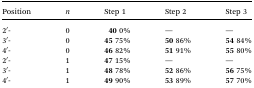
<table><thead><tr><td><b>Position</b></td><td><b><i>n</i></b></td><td><b>Step 1</b></td><td><b>Step 2</b></td><td><b>Step 3</b></td></tr></thead><tbody><tr><td>2′-</td><td>0</td><td><b>40</b> 0%</td><td>—</td><td>—</td></tr><tr><td>3′-</td><td>0</td><td><b>45</b> 75%</td><td><b>50</b> 86%</td><td><b>54</b> 84%</td></tr><tr><td>4′-</td><td>0</td><td><b>46</b> 82%</td><td><b>51</b> 91%</td><td><b>55</b> 80%</td></tr><tr><td>2′-</td><td>1</td><td><b>47</b> 15%</td><td>—</td><td>—</td></tr><tr><td>3′-</td><td>1</td><td><b>48</b> 78%</td><td><b>52</b> 86%</td><td><b>56</b> 75%</td></tr><tr><td>4′-</td><td>1</td><td><b>49</b> 90%</td><td><b>53</b> 89%</td><td><b>57</b> 70%</td></tr></tbody></table>